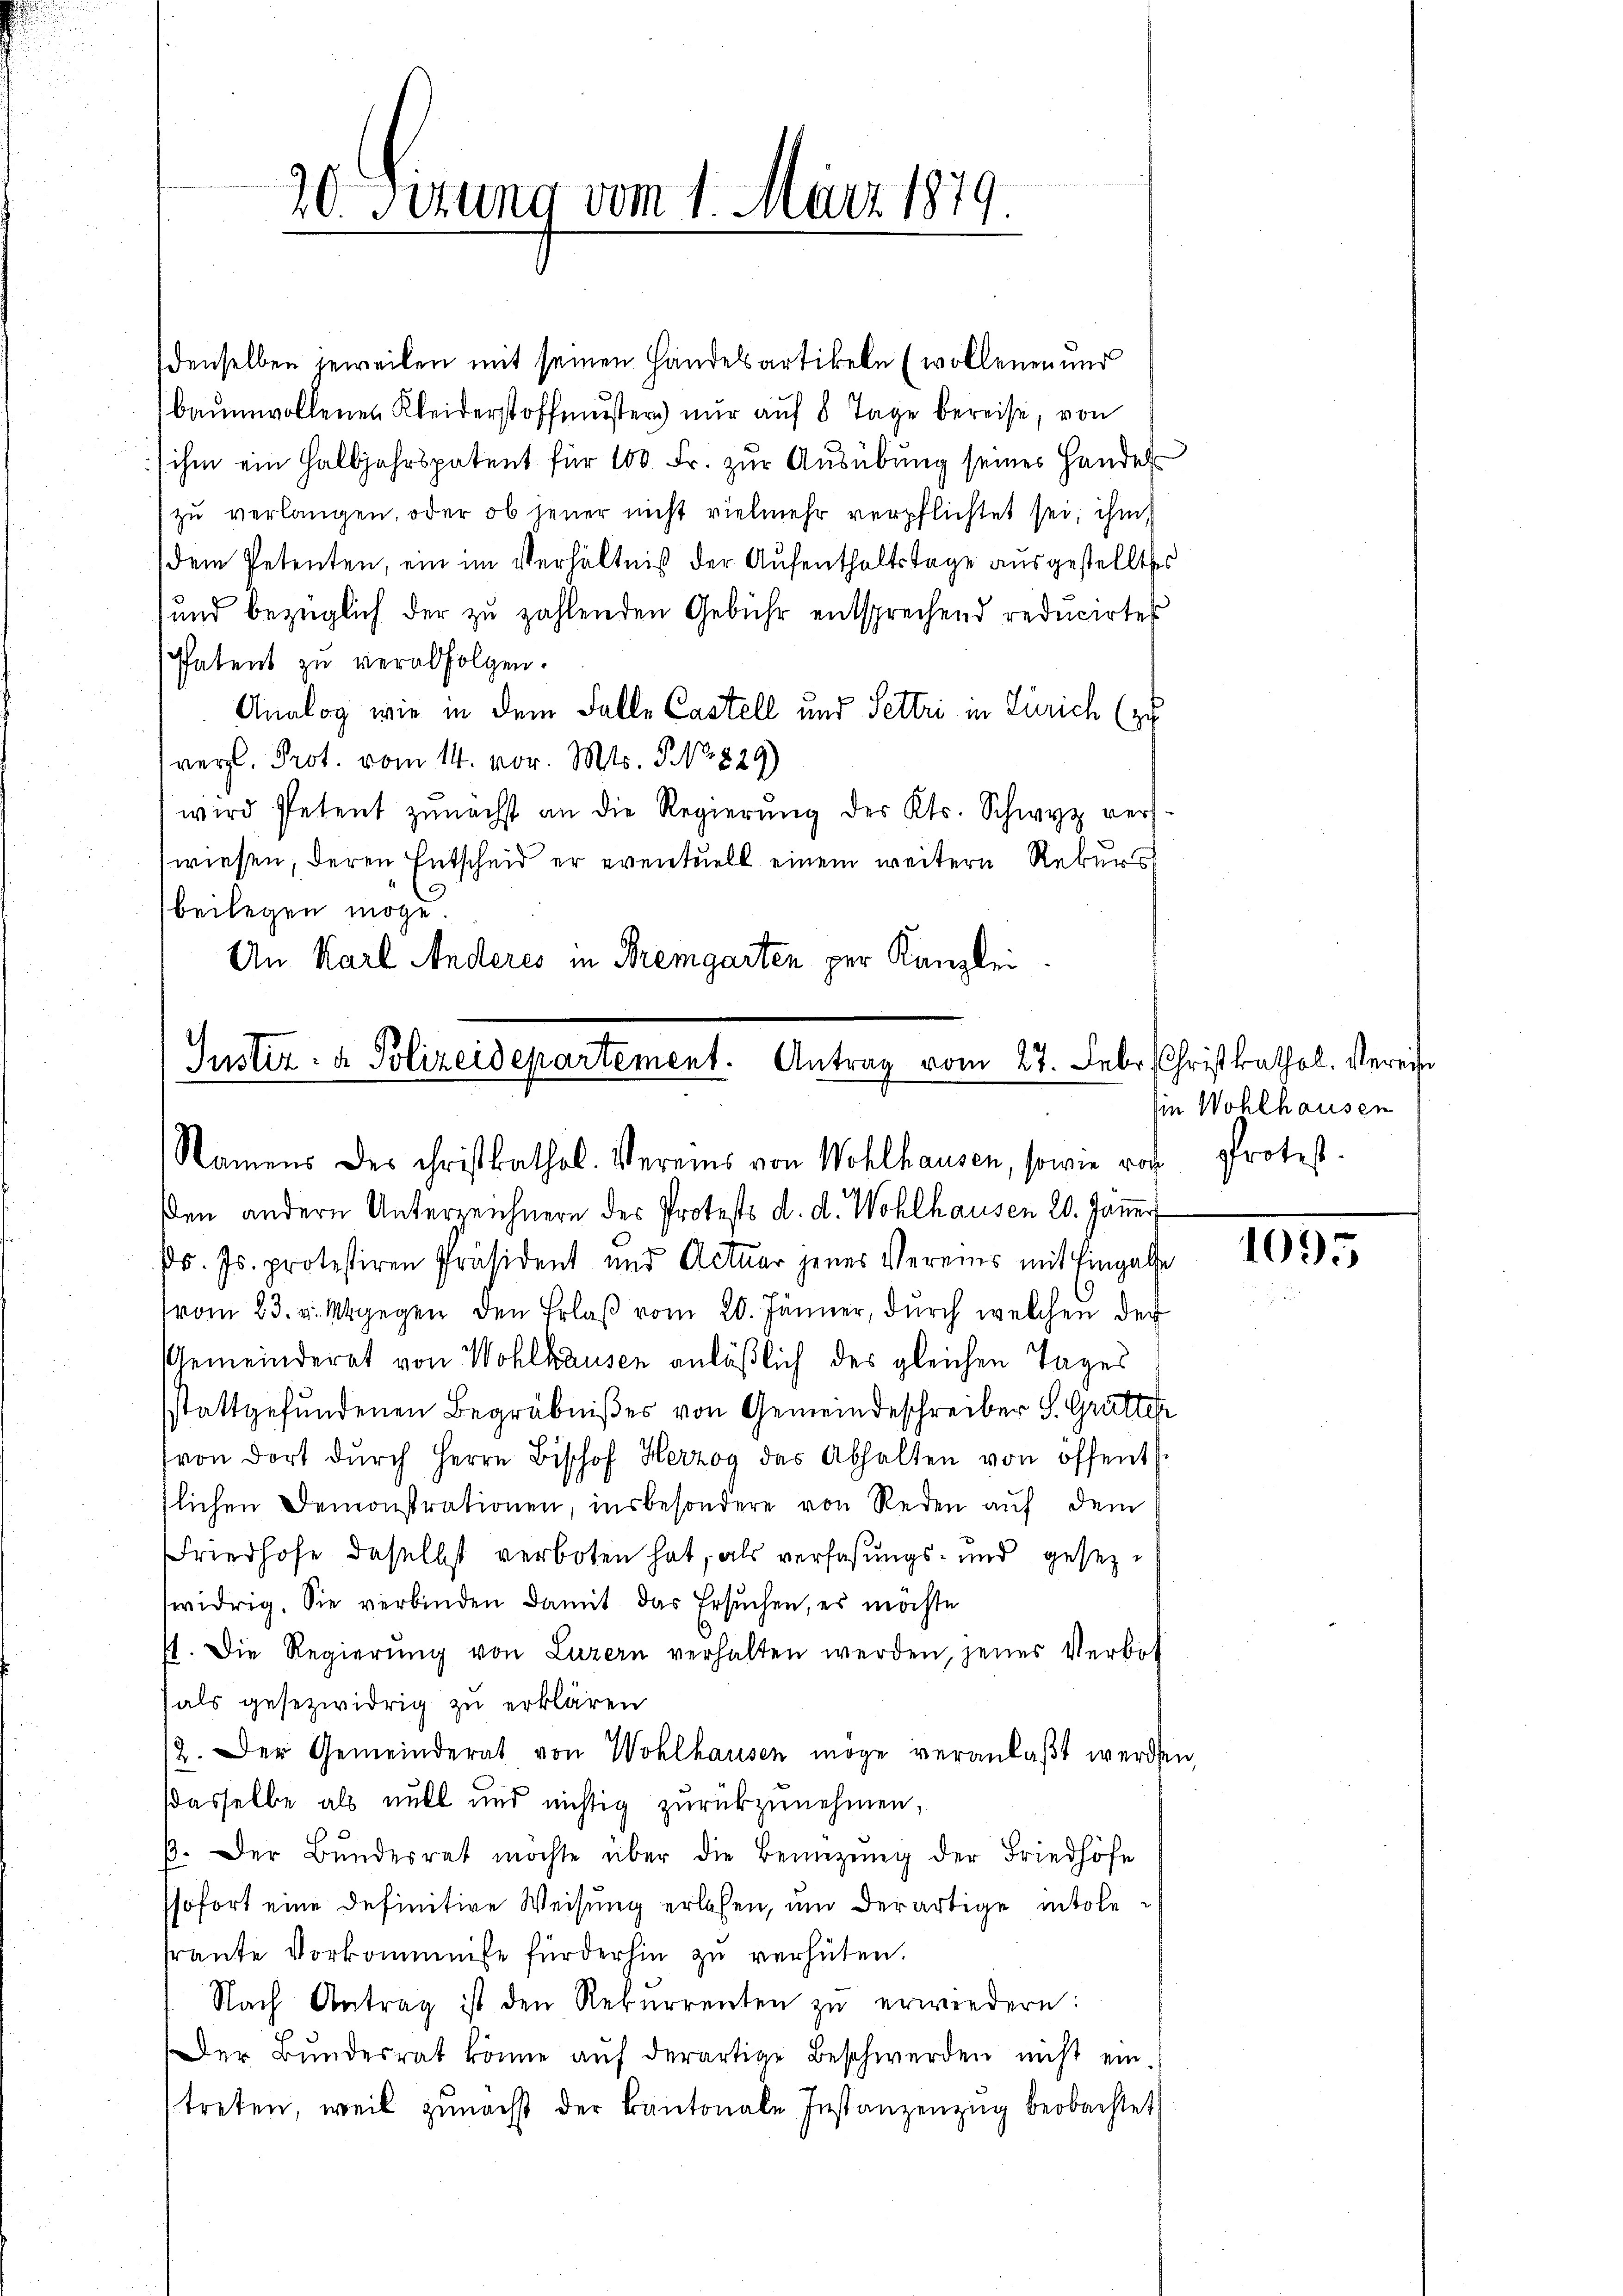
20. Sizung vom 1. März 1879.

Justiz- & Polizeidepartement. Antrag vom 27. Febr. Christkathol. Vereis
Namens des christkathol. Vereins von Wohlhausen, sowie roth protest

denselben jeweilen mit seinen Handelsartikeln (wollenen und
baumwollenen Kleiderstoffmuster nur auf 8 Tage bereise, von
) ihm ein Halbjahrspatent für 100 Fr. zur Ausübung seines Handel
zu verlangen, oder ob jener nicht vielmehr verpflichtet sei, ihm
dem Petenten, ein im Verhältniß der Aufenthaltstage ausgestelltes
und bezüglich der zu zahlenden Gebühr entsprechend reducirte
Patent zu verabfolgen.
Analog wie in dem Falle Castell und Settri in Zürich (zu
vergl. Prot. vom 14. vor. Mts. S. Nr. 829)
wird Petent zunächst an die Regierŭng des Kts. Schwyz vers-
wiesen, deren Entscheid er eventuell einem weitern Rekurs
beilegen möge
An Karl Anderes in Bremgarten per Kanzlei

den andern Unterreichnern des Protests d. d. Wohlhausen 20. Janer
d. Js. protestiren Präsident und Actuar jenes Vereins mit Eingalse
(vom 23. v. M. gegen den Erlaß vom 20. Jänner, durch welchen der
Gemeinderat von Wohlhausen anläßlich des gleichen Tages
stattgefundenen Begräbnißes von Gemeindeschreiber S. Gratten
von dort dŭrch Herrn Bischof Herzog das Abhalten von öffent
slichen Demonstrationen, insbesondere von Reden auf dem
Friedhofe daselbst verboten hat, als verfaßungs- und gesezwidrig. Sie verbinden damit das Ersuchen, es möchte
1. Die Regierung von Luzern verhalten werden, jenes Verbot
als gesezwidrig zu erklären
2. Der Gemeinderat von Wohlhausen möge veranlaßt werden,
dasselbe als nitt und nichtig zurückzunehmen,
β. Der Bŭndesrat möchte über die Benützŭng der Friedhöfe
ssofort eine definitive Weisung erlassen, um derartige intole
freute Vorkommnisse fürderhin zu verhüten.
Nach Antrag ist den Rekŭrrenten zŭ erwiedern:
Der Bundesrat könne auf derartige Beschwerden nicht eintreten, weil zunächst der Kantonale Instanzenzug beobachtet

ie Wohlhausen

1055